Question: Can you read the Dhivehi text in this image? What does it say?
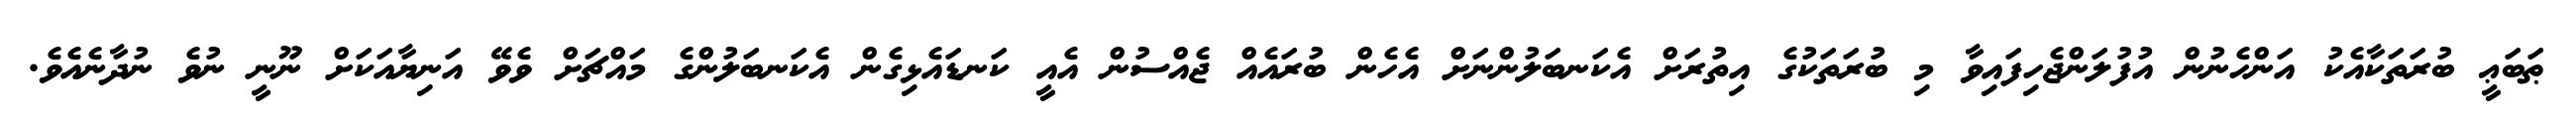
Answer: ޠަބަޢީ ބުރަތަކާއެކު އަންހެނުން އުފުލަންޖެހިފައިވާ މި ބުރަތަކުގެ އިތުރަށް އެކަނބަލުންނަށް އެހެން ބުރައެއް ޖެއްސުން އެއީ ކަނޑައެޅިގެން އެކަނބަލުންގެ މައްޗަށް ވެވޭ އަނިޔާއަކަށް ނޫނީ ނުވެ ނުދާނެއެވެ.